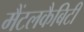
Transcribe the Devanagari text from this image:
मैंटलकैबिटी